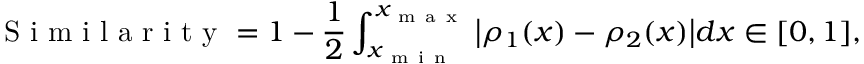
\mathrm { ~ S ~ i ~ m ~ i ~ l ~ a ~ r ~ i ~ t ~ y ~ } = 1 - \frac { 1 } { 2 } \int _ { x _ { \mathrm { ~ m ~ i ~ n ~ } } } ^ { x _ { \mathrm { ~ m ~ a ~ x ~ } } } \big \vert \rho _ { 1 } ( x ) - \rho _ { 2 } ( x ) \big \vert d x \in [ 0 , 1 ] ,